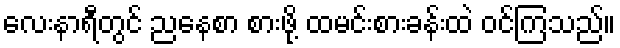
လေးနာရီတွင် ညနေစာ စားဖို့ ထမင်းစားခန်းထဲ ဝင်ကြသည်။